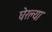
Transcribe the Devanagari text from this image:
घेरल्या